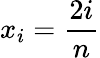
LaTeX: x_{i}={\frac{2i}{n}}